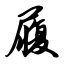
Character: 履